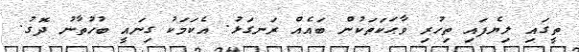
ތީގައި ލިޔެފައި ތިހުރި ވާޙަކަތަކުން ބައެއް ރަނގަޅު. އެކަމަކު ގިނައީ ބުހުތާނު ދޮގު.